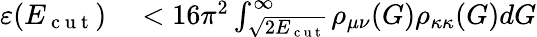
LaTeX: \begin{array}{rl}{\varepsilon(E_{\mathrm{~c~u~t~}})}&{{}<16\pi^{2}\int_{\sqrt{2E_{\mathrm{~c~u~t~}}}}^{\infty}\rho_{\mu\nu}(G)\rho_{\kappa\kappa}(G)dG}\end{array}